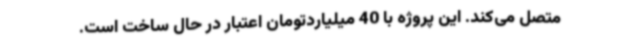
متصل می‌کند. این پروژه با 40 میلیاردتومان اعتبار در حال ساخت است.